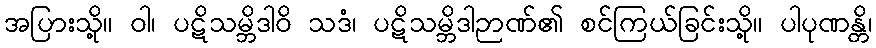
အပြားသို့။ ဝါ၊ ပဋိသမ္ဘိဒါဝိ သဒံ၊ ပဋိသမ္ဘိဒါဉာဏ်၏ စင်ကြယ်ခြင်းသို့။ ပါပုဏန္တိ၊